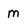
Character: m